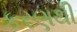
કરણથી